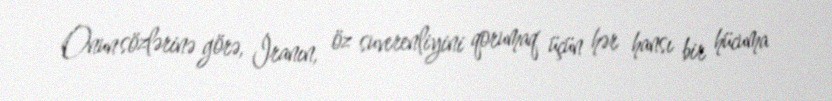
Onun sözlərinə görə, İranın, öz suverenliyini qorumaq üçün hər hansı bir hücuma